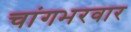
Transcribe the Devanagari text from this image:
चांगभरवार